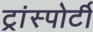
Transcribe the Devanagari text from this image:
ट्रांस्पोर्टी